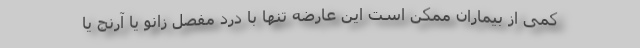
کمی از بیماران ممکن است این عارضه تنها با درد مفصل زانو یا آرنج یا